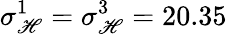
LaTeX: \sigma_{\mathscr{H}}^{1}=\sigma_{\mathscr{H}}^{3}=20.35